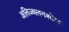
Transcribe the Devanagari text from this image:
अतिज्वलनशील